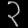
Digit: ၃